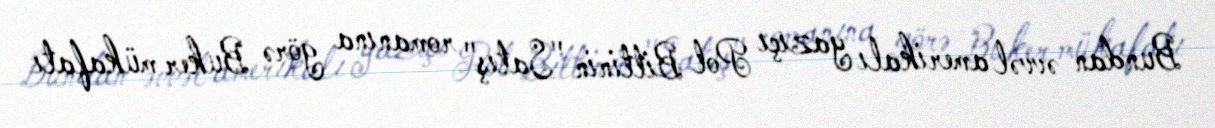
Bundan əvvəl amerikalı yazıçı Pol Bittinin "Satış" romanına görə Buker mükafatı